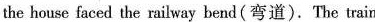
the house faced the railway bend(弯道).The train